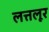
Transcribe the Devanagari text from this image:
लत्तलूर